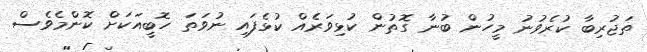
ތަޖުރިބާ ކުރެވުނު މީހުން ބުނާ ގޮތުން ކުޅިވަރެއް ކުޅެފައި ނުވަތަ ހޮބީއަކަށް ކޮންމެވެސް